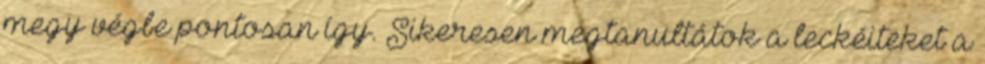
megy végbe pontosan így. Sikeresen megtanultátok a leckéiteket a